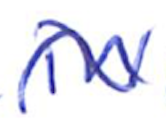
Text: in
Cross-out: wave
Writing tool: ballpoint